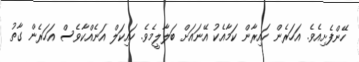
ހޭންފެށިއެވެ. އަހަރެން ހައިރާން ކަމާއެކު އޭނައަށް ބަލާލީމެވެ. ހައިކަލް އަނެއްކާވެސް އަހަރެން ގާތު